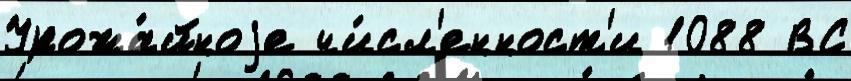
Урожа́йноjе чи́сл'енност'и 1088 ВС